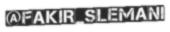
@FAKIR_SLEMANI